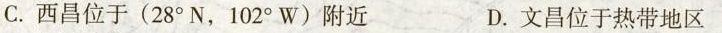
C.西昌位于(28°N，102°W)附近 D.文昌位于热带地区